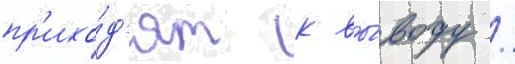
пр'ихо́д'ят к вы́воду /